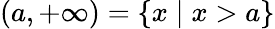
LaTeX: (a,+\infty)=\{ x\mid x>a\}